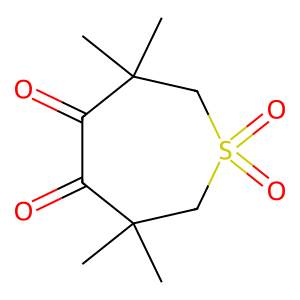
SMILES: CC1(C)CS(=O)(=O)CC(C)(C)C(=O)C1=O
Inhibits HIV replication: No